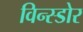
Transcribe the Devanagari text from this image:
विन्स्डोर